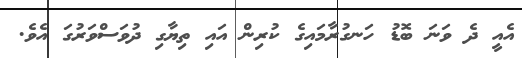
އެއީ ދެ ވަނަ ބޮޑު ހަނގުރާމައިގެ ކުރިން އައި ތިޔާގި ދުވަސްވަރުގަ އެވެ.